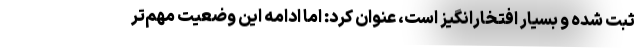
ثبت شده و بسیار افتخارانگیز است، عنوان کرد: اما ادامه این وضعیت مهم‌تر